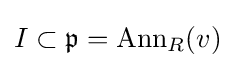
I\subset {\mathfrak {p}}=\operatorname {Ann} _{R}(v)